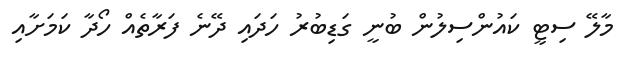
މާލޭ ސިޓީ ކައުންސިލުން ބުނީ ގަޑިބުރު ހަދައި ދޭނެ ފަރާތެއް ހޯދާ ކަމަށާއި